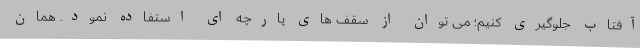
آفتاب جلوگیری کنیم؛ می توان از سقف های پارچه ای استفاده نمود. همان